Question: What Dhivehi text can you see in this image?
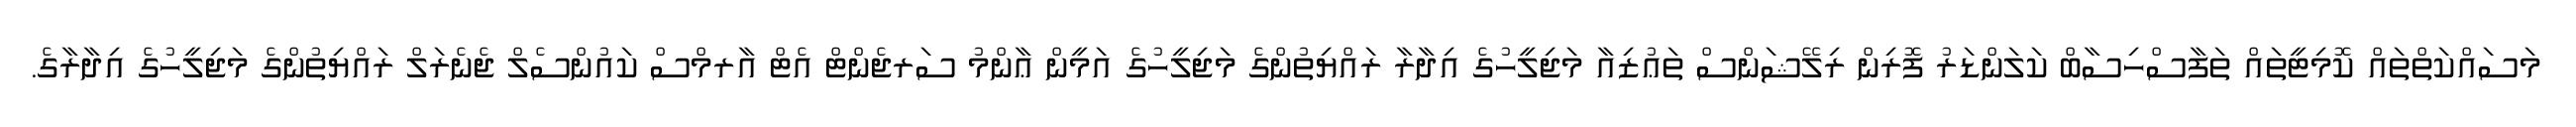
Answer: މަސައްކަތްތައް ކޮމިޓީތައް ތަފާސްހިސާބް ކަލަންޑަރު ފޮރިން ރިލޭޝަންސް ތަޢުޒިއާ މަޖިލީހުގެ އިދާރާ ރައްޔިތުންގެ މަޖިލީހުގެ އަމީން ޢާންމު ސަރޖެންޓް އެޓް އާރމްސް ކައުންސެލް ޖެނެރަލް ރައްޔިތުންގެ މަޖިލީހުގެ އިދާރާގެ.